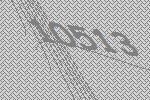
10513